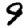
Digit: 9